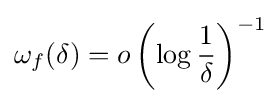
\omega _{f}(\delta )=o\left(\log {\frac {1}{\delta }}\right)^{-1}